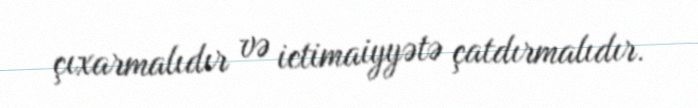
çıxarmalıdır və ictimaiyyətə çatdırmalıdır.